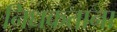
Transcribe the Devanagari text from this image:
निधकताना